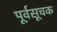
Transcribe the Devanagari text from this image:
पूर्वसूचक